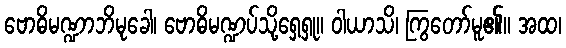
ဗောဓိမဏ္ဍာဘိမုခေါ၊ ဗောဓိမဏ္ဍပ်သို့ရှေ့ရှု။ ဝါယာသိ၊ ကြွတော်မူ၏။ အထ၊